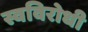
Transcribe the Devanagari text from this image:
स्वविरोधी